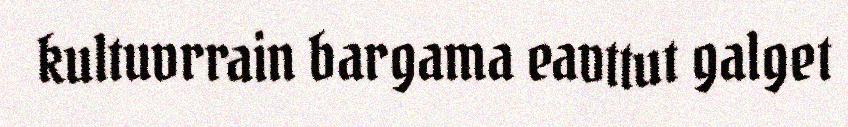
kultuvrrain bargama eavttut galget